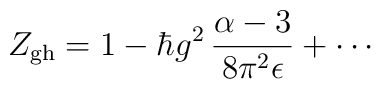
Z_{\rm gh} = 1 - \hbar g^2\,\frac{\alpha-3}{8 \pi^2 \epsilon} + \cdots